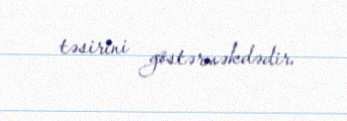
təsirini göstərməkdədir.